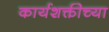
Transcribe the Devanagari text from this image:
कार्यशक्तीच्या